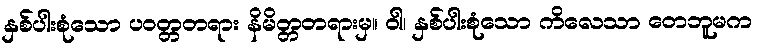
နှစ်ပါးစုံသော ပဝတ္တတရား နိမိတ္တတရားမှ။ ဝါ၊ နှစ်ပါးစုံသော ကိလေသာ တေဘူမက